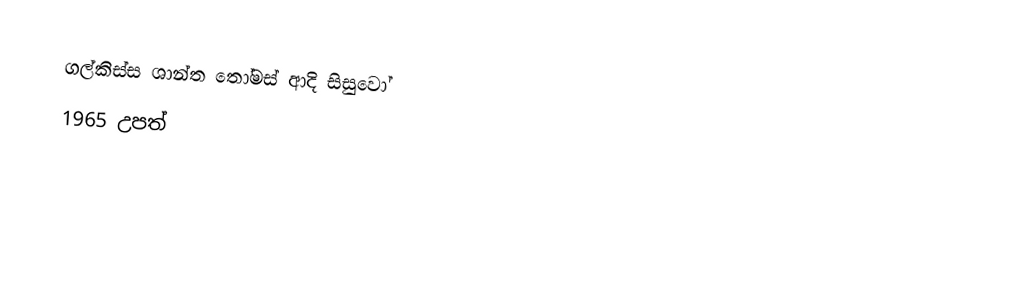
ගල්කිස්ස ශාන්ත තෝමස් ආදි සිසුවෝ
1965 උපත්